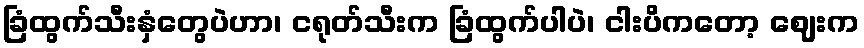
ခြံထွက်သီးနှံတွေပဲဟာ၊ ငရုတ်သီးက ခြံထွက်ပါပဲ၊ ငါးပိကတော့ ဈေးက